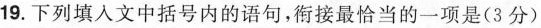
19.下列填人文中括号内的语句，衔接最恰当的一项是(3分)